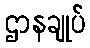
ဌာနချုပ်